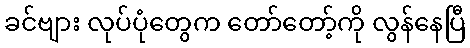
ခင်ဗျား လုပ်ပုံတွေက တော်တော့်ကို လွန်နေပြီ